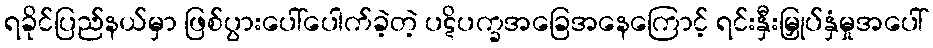
ရခိုင်ပြည်နယ်မှာ ဖြစ်ပွားပေါ်ပေါက်ခဲ့တဲ့ ပဋိပက္ခအခြေအနေကြောင့် ရင်းနှီးမြှုပ်နှံမှုအပေါ်